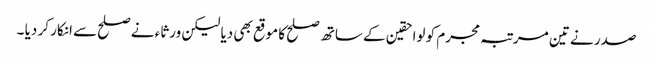
صدر نے تین مرتبہ مجرم کو لواحقین کے ساتھ صلح کا موقع بھی دیا لیکن ورثاء نے صلح سے انکار کر دیا ۔